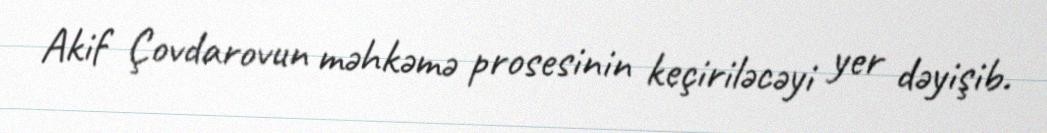
Akif Çovdarovun məhkəmə prosesinin keçiriləcəyi yer dəyişib.